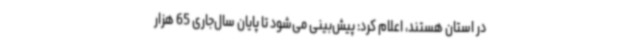
در استان هستند، اعلام کرد: پیش‌بینی می‌شود تا پایان سال‌جاری 65 هزار